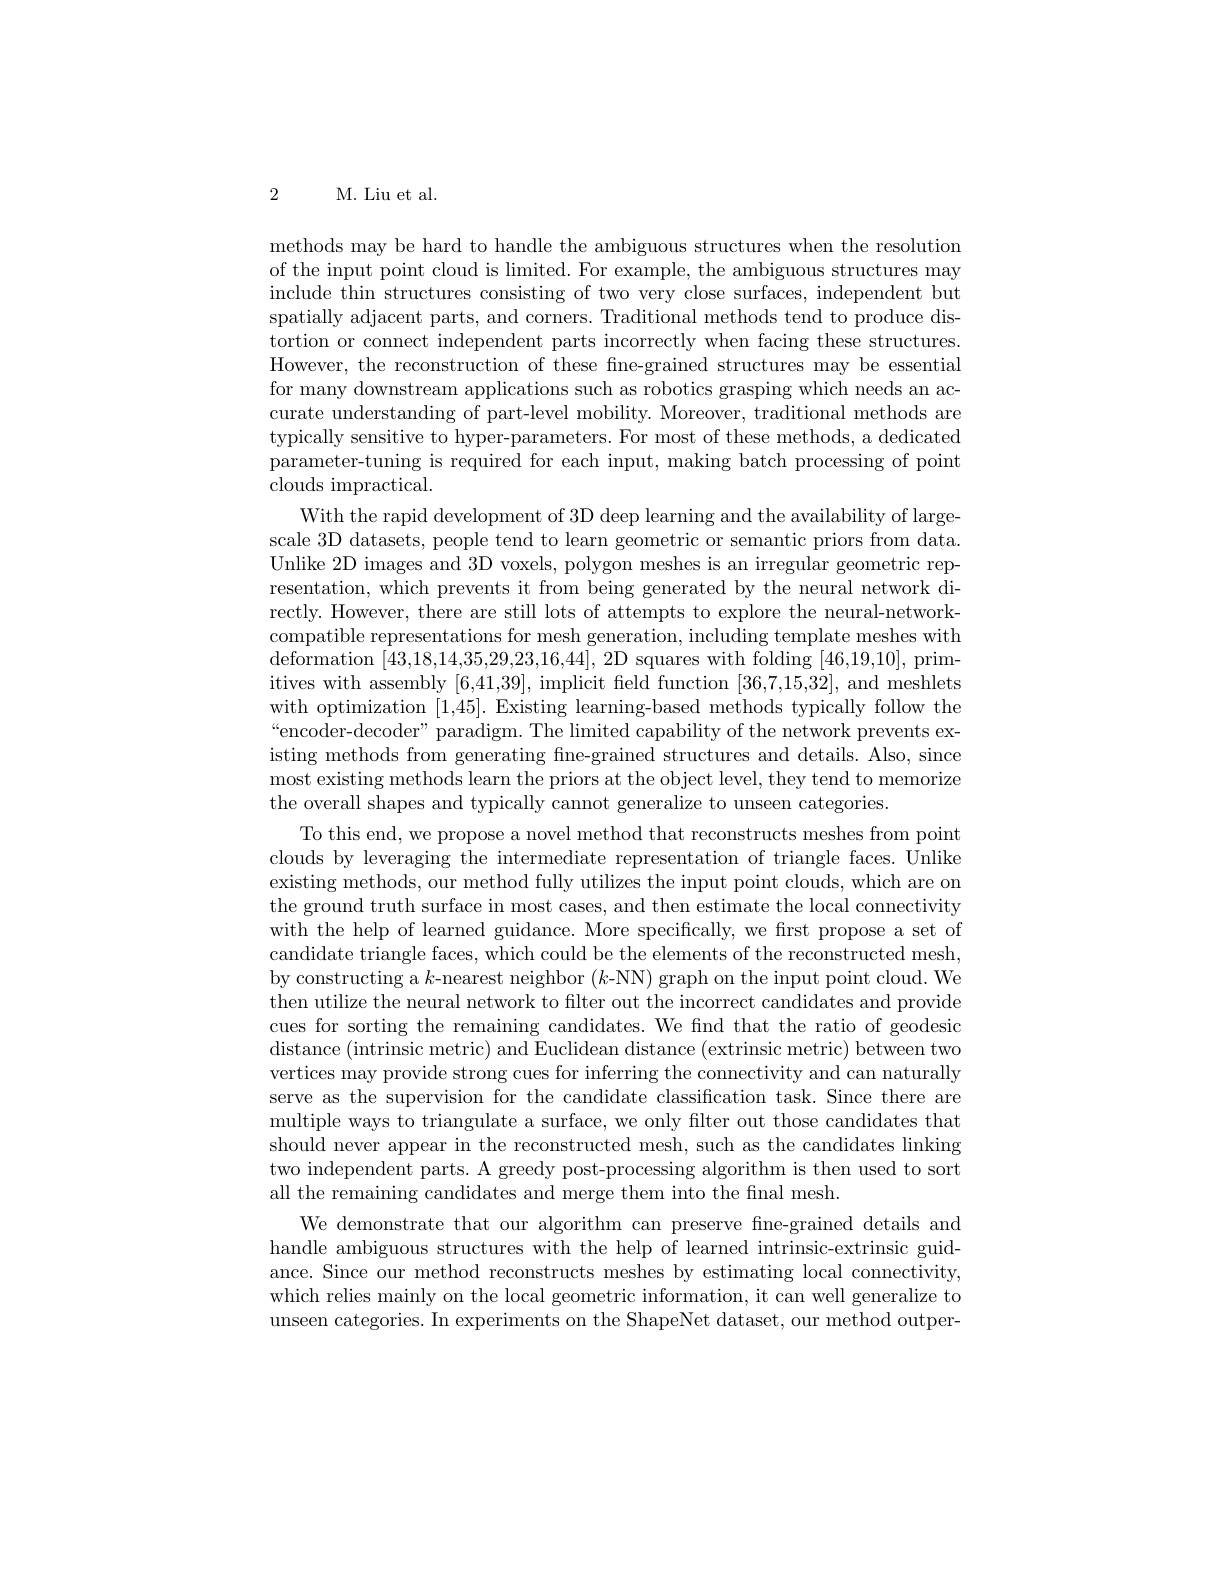
2

M. Liu et al.

methods may be hard to handle the ambiguous structures when the resolution of the input point cloud is limited. For example, the ambiguous structures may include thin structures consisting of two very close surfaces, independent but spatially adjacent parts, and corners. Traditional methods tend to produce distortion or connect independent parts incorrectly when facing these structures. However, the reconstruction of these fine-grained structures may be essential for many downstream applications such as robotics grasping which needs an accurate understanding of part-level mobility. Moreover, traditional methods are typically sensitive to hyper-parameters. For most of these methods, a dedicated parameter-tuning is required for each input, making batch processing of point clouds impractical.
With the rapid development of 3D deep learning and the availability of largescale 3D datasets, people tend to learn geometric or semantic priors from data. Unlike 2D images and 3D voxels, polygon meshes is an irregular geometric representation, which prevents it from being generated by the neural network directly. However, there are still lots of attempts to explore the neural-networkcompatible representations for mesh generation, including template meshes with deformation [43,18,14,35,29,23,16,44], 2D squares with folding [46,19,10], primitives with assembly [6,41,39], implicit field function [36,7,15,32], and meshlets with optimization [1,45]. Existing learning-based methods typically follow the “encoder-decoder” paradigm. The limited capability of the network prevents existing methods from generating fine-grained structures and details. Also, since most existing methods learn the priors at the object level, they tend to memorize the overall shapes and typically cannot generalize to unseen categories.
To this end, we propose a novel method that reconstructs meshes from point clouds by leveraging the intermediate representation of triangle faces. Unlike existing methods, our method fully utilizes the input point clouds, which are on the ground truth surface in most cases, and then estimate the local connectivity with the help of learned guidance. More specifically, we first propose a set of candidate triangle faces, which could be the elements of the reconstructed mesh, by constructing a $k$-nearest neighbor $(k$-NN) graph on the input point cloud. We then utilize the neural network to filter out the incorrect candidates and provide cues for sorting the remaining candidates. We find that the ratio of geodesic distance ( intrinsic metric) and Euclidean distance ( extrinsic metric) between two vertices may provide strong cues for inferring the connectivity and can naturally serve as the supervision for the candidate classification task. Since there are multiple ways to triangulate a surface, we only filter out those candidates that should never appear in the reconstructed mesh, such as the candidates linking two independent parts. A greedy post-processing algorithm is then used to sort all the remaining candidates and merge them into the final mesh.
We demonstrate that our algorithm can preserve fne-grained details and handle ambiguous structures with the help of learned intrinsic-extrinsic guidance. Since our method reconstructs meshes by estimating local connectivity, which relies mainly on the local geometric information, it can well generalize to unseen categories. In experiments on the ShapeNet dataset, our method outper-